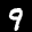
Label: 9